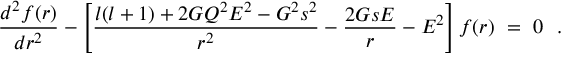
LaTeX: { \frac { d ^ { 2 } f ( r ) } { d r ^ { 2 } } } - \left[ { \frac { l ( l + 1 ) + 2 G Q ^ { 2 } E ^ { 2 } - G ^ { 2 } s ^ { 2 } } { r ^ { 2 } } } - { \frac { 2 G s E } { r } } - E ^ { 2 } \right] f ( r ) ~ = ~ 0 ~ ~ .